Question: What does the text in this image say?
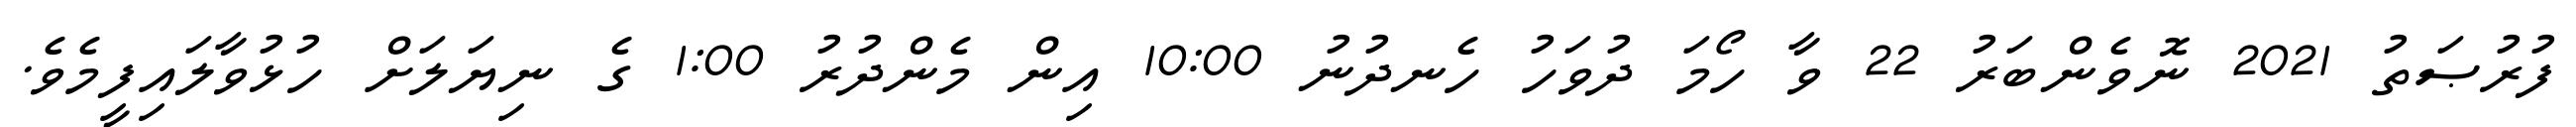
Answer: ފުރުޞަތު 2021 ނޮވެންބަރު 22 ވާ ހޯމަ ދުވަހު ހެނދުނު 10:00 އިން މެންދުރު 1:00 ގެ ނިޔަލަށް ހުޅުވާލައިފީމެވެ.